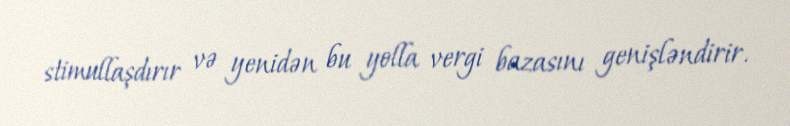
stimullaşdırır və yenidən bu yolla vergi bazasını genişləndirir.